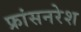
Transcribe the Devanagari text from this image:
फ्रांसनरेश